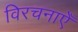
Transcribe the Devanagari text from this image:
विरचनाएँ